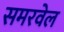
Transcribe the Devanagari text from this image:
समरवेल